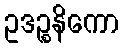
ဥဒဉ္စနိကော